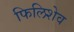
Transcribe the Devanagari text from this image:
फिलिशेव